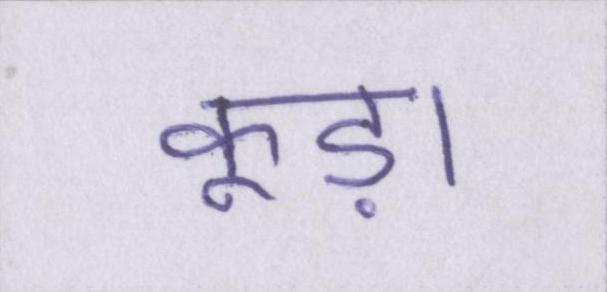
कूड़ा